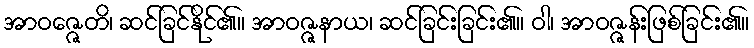
အာဝဇ္ဇေတိ၊ ဆင်ခြင်နိုင်၏။ အာဝဇ္ဇနာယ၊ ဆင်ခြင်းခြင်း၏။ ဝါ၊ အာဝဇ္ဇန်းဖြစ်ခြင်း၏။